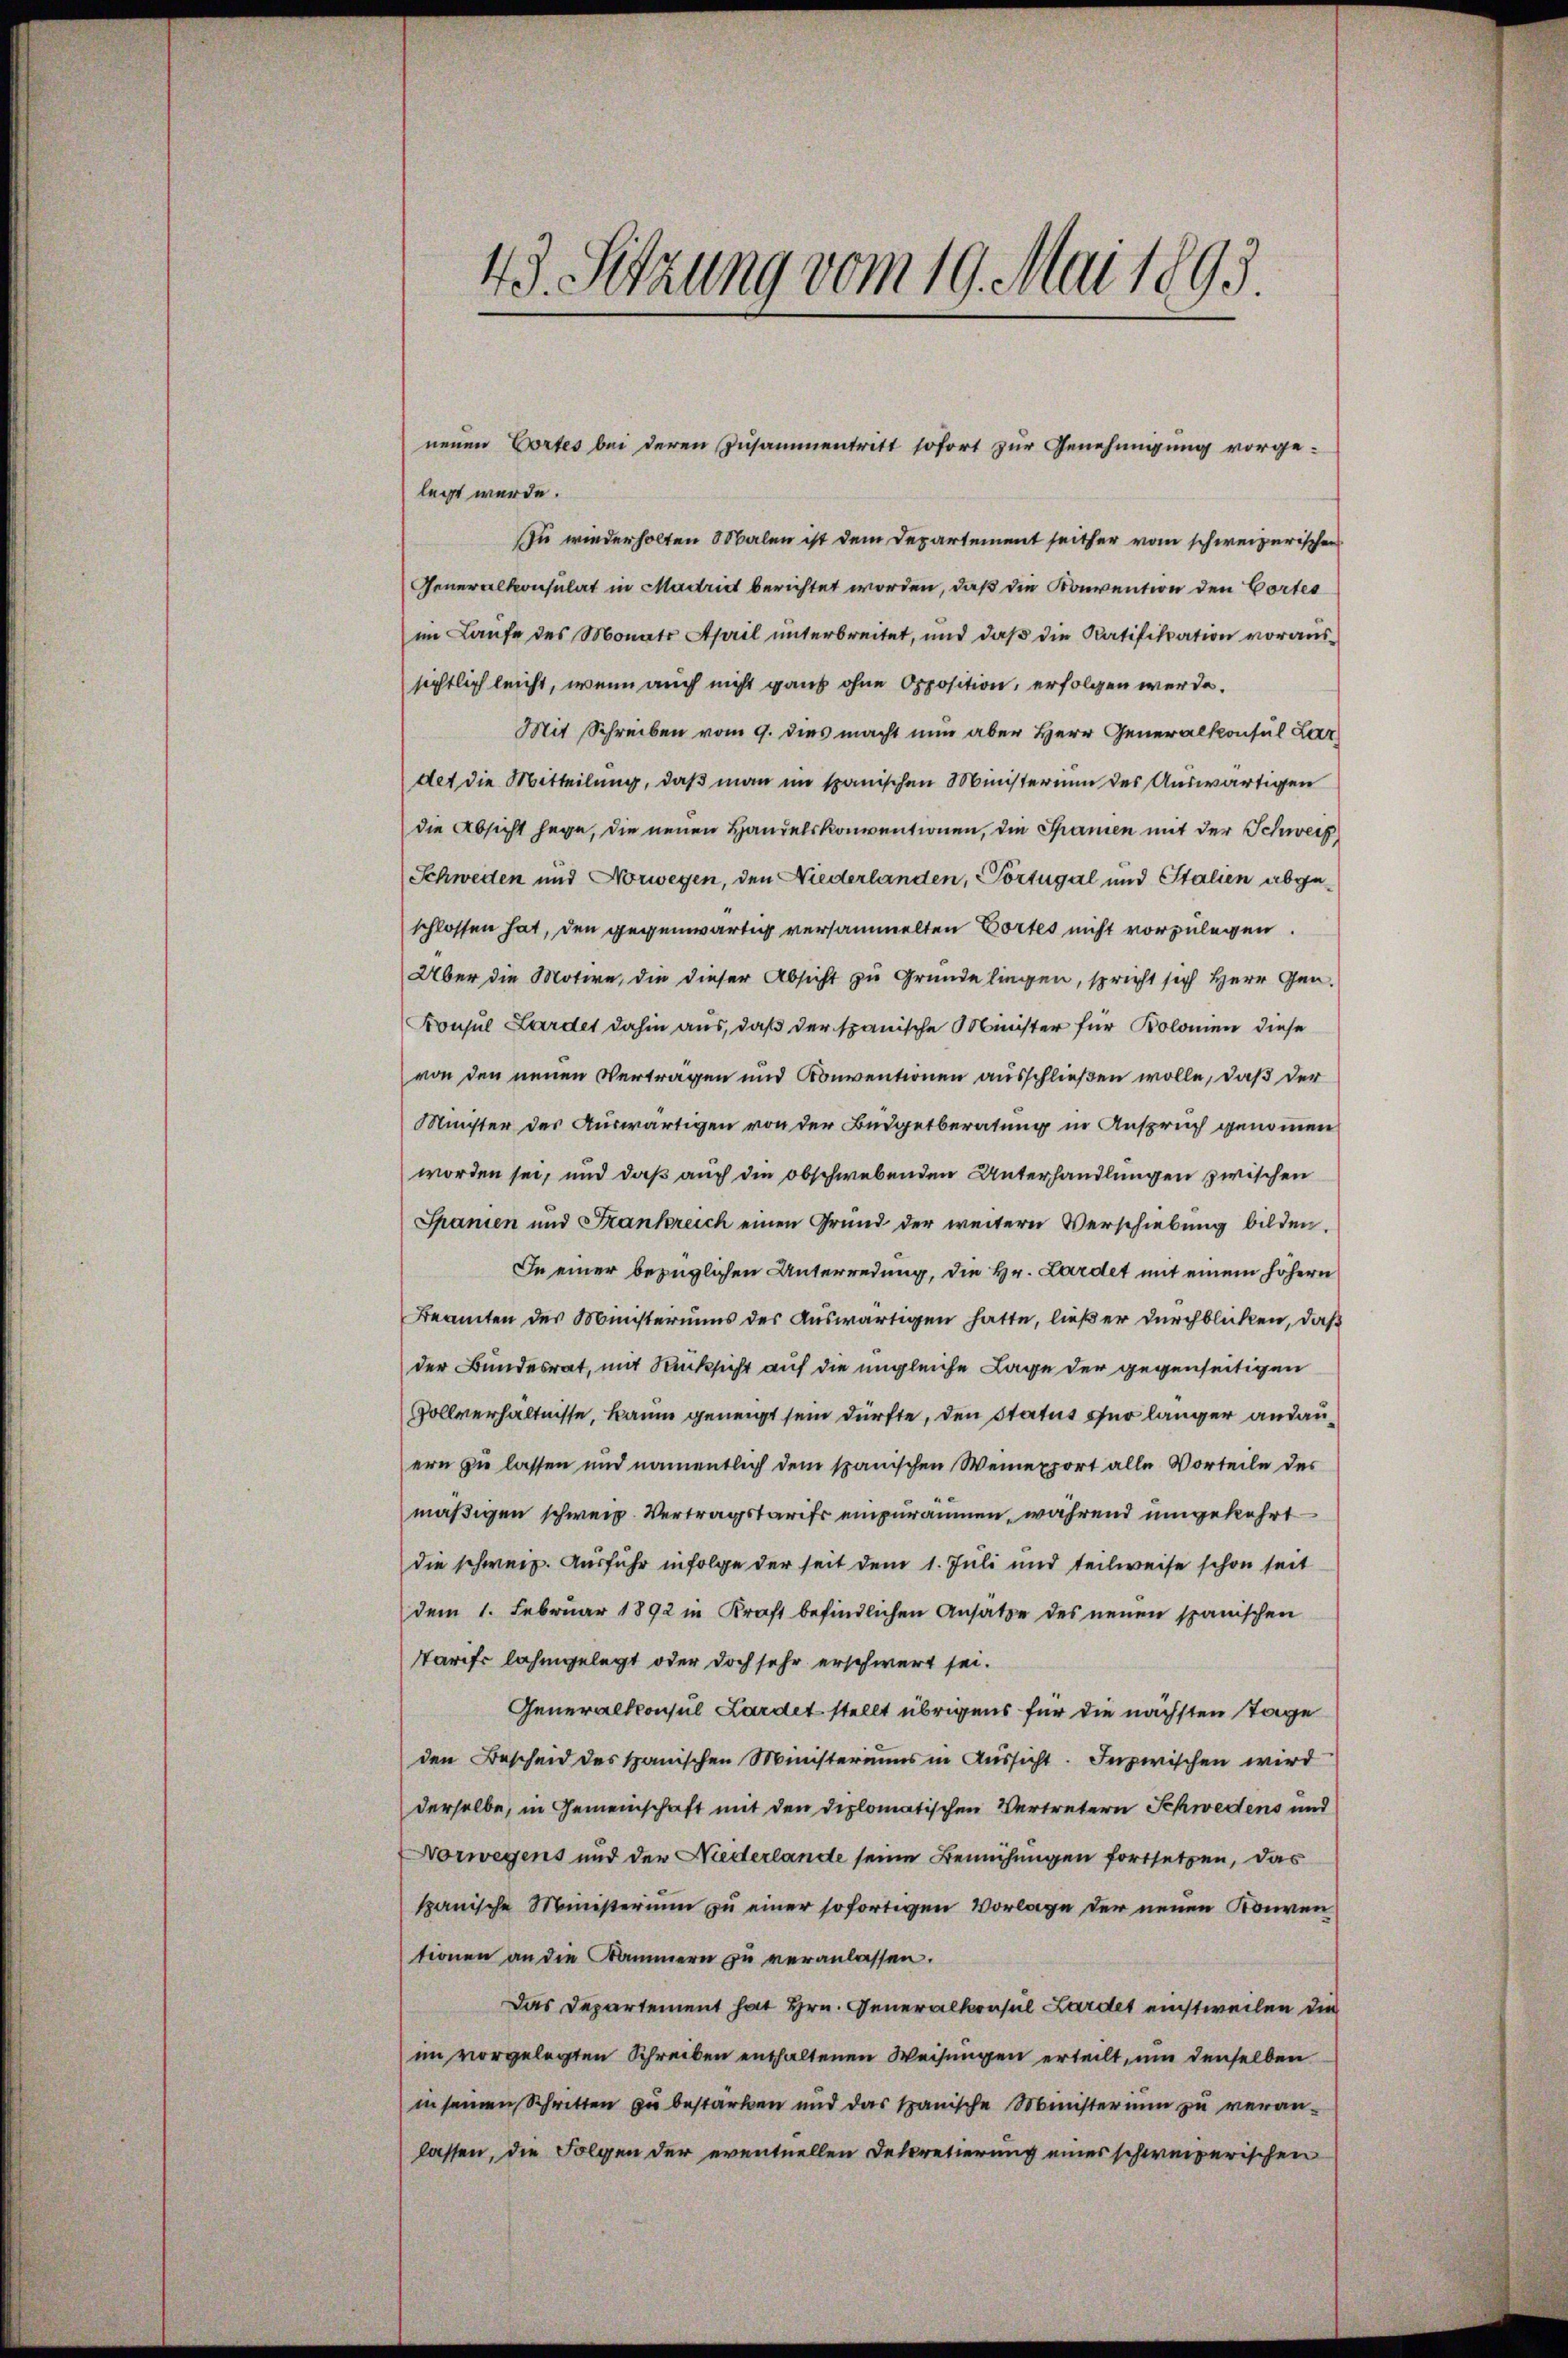
neuen Vortes bei deren Zusammentritt sofort zur Genehmigung vorge-
legt werde.
zu wiederholten Malen ist dem Departement seither vom schweizerischen
Generalkonsulat in Madritt berichtet worden, daß die Konvention den Cortes
im Laufe des Monats April unterbreitet, und daß die Ratifikation voraussichtlich leicht, wenn auch nicht ganz ohne Opposition, erfolgen werde.
Mit Schreiben vom 9. dies macht nun aber Herr Generalkonsul Lar
det die Mitteilung, daß man im spanischen Ministerium des Auswärtigen
die Absicht hege, die neuen Handelskonventionen, die Spanien mit der Schweiz
Schweden und Norwegen, den Niederlanden, Portugal und Stalien abgeschlossen hat, den gegenwärtig versammelten Cortes nicht vorzulegen.
Über die Motive, die dieser Absicht zu Grunde liegen, spricht sich Herr Gen
Konsul Lardet dahin aus, daß der spanische Minister für Kolonien diese
von den neuen Vertragen und Konventionen ausschließen wolle, daß der
Minister des Auswärtigen von der Budgetberatung in Anspruch genommen
worden sei, und daß auch die obschwebenden Unterhandlungen zwischen
Spanien und Frankreich einen Grund der weitern Verschiebung bilden.
In einer bezüglichen Unterredung, die Hr. Lardet mit einem höhern
Beamten des Münsteriums des Auswärtigen hatte, ließer durchblicken, daß
der Bundesrat, mit Rücksicht auf die ungleiche Lage der gegenseitigen
Vollverhältnisse, kaum geneigt sein dürfte, den Status sur länger andauern zu lassen und namentlich dem spanischen Weinepport alle Vorteile des
mäßigen schweiz. Vertragstarifs einzuräumen, während umgekehrt
die schweiz. Ausfuhr infolge der seit dem 1. Juli und teilweise schon seit
dem 1. Februar 1892 in Kraft befindlichen Ansätze des neuen spanischen
Tarife lahmgelegt oder doch sehr erschwert sei.
Generalkonsul Lardet stellt übrigens für die nächsten Tage
den Bescheid des Spanischen Ministeriums in Aussicht. Inzwischen wird
derselbe, in Gemeinschaft mit den diplomatischen Vertretern Schwedens und
Vorwegens und der Niederlande seine Bemühungen fortsetzen, das
spanische Ministerium zu einer sofortigen Vorlage der neuen Konven
tionen an die Kammern zu veranlassen.
Das Departement hat Hrn. Generalkonsul Lardet einstweilen die
im vorgelegten Schreiben enthaltenen Weisungen erteilt, um denselben
in seinen Schritten zu bestarben und das Spanische Ministerium zu veranlassen, die Folgen der eventuellen Dekretierung eines schweizerischen

43. Setzung vom 19. Mai 1893.